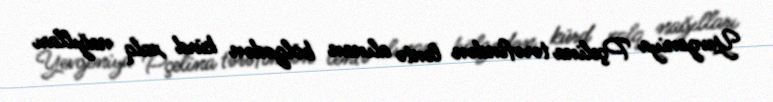
Yevgeniya Pçelina tərəfindən lentə alınan bölgədən kürd xalq nağılları